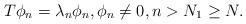
LaTeX: \begin{align*}T \phi_n = \lambda_n \phi_n, \phi_n \neq 0, n > N_1 \geq N.\end{align*}